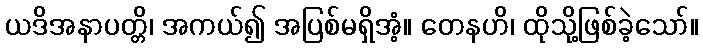
ယဒိအနာပတ္တိ၊ အကယ်၍ အပြစ်မရှိအံ့။ တေနဟိ၊ ထိုသို့ဖြစ်ခဲ့သော်။